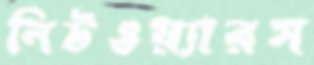
নিটওয়্যারস